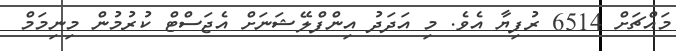
މައްޗަށް 6514 ރުފިޔާ އެވެ. މި އަދަދު އިންފްލޭޝަނަށް އެޖަސްޓް ކުރުމުން މިނިމަމް